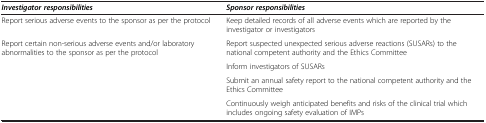
<table><thead><tr><td><b><i>Investigator responsibilities</i></b></td><td><b><i>Sponsor responsibilities</i></b></td></tr></thead><tbody><tr><td>Report serious adverse events to the sponsor as per the protocol</td><td>Keep detailed records of all adverse events which are reported by the investigator or investigators</td></tr><tr><td>Report certain non-serious adverse events and/or laboratory abnormalities to the sponsor as per the protocol</td><td>Report suspected unexpected serious adverse reactions (SUSARs) to the national competent authority and the Ethics Committee</td></tr><tr><td> </td><td>Inform investigators of SUSARs</td></tr><tr><td> </td><td>Submit an annual safety report to the national competent authority and the Ethics Committee</td></tr><tr><td> </td><td>Continuously weigh anticipated benefits and risks of the clinical trial which includes ongoing safety evaluation of IMPs</td></tr></tbody></table>